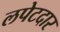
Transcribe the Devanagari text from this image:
लपेटदार